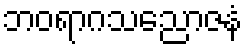
ဘဝရာဂသညောဇနံ